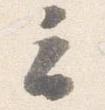
云